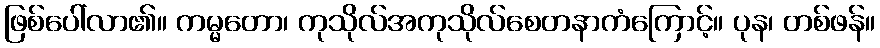
ဖြစ်ပေါ်လာ၏။ ကမ္မတော၊ ကုသိုလ်အကုသိုလ်စေတနာကံကြောင့်။ ပုန၊ တစ်ဖန်။